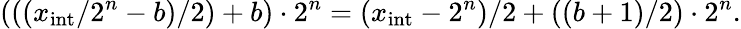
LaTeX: (((x_{\mathrm{int}}/2^{n}-b)/2)+b)\cdot 2^{n}=(x_{\mathrm{int}}-2^{n})/2+((b+1)/2)\cdot 2^{n}.